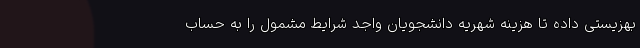
بهزیستی داده تا هزینه شهریه دانشجویان واجد شرایط مشمول را به حساب